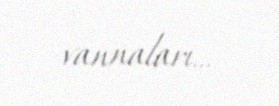
vannaları...